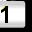
Digit: 1